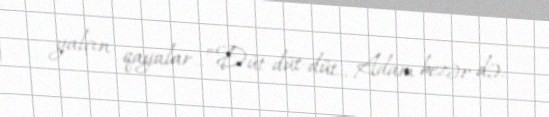
yalçın qayalar...”Düt-düt-düt... Adam bezər də.